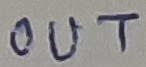
Text: OUT